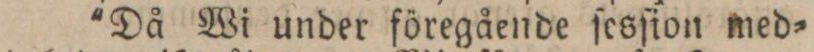
'Då Wi under föregående ſesſion med=